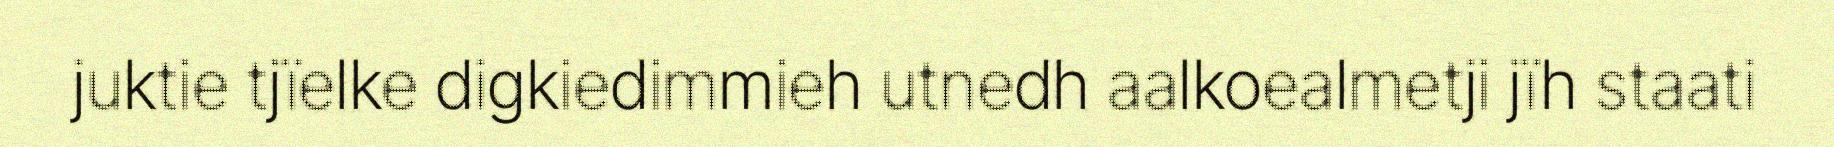
juktie tjïelke digkiedimmieh utnedh aalkoealmetji jïh staati